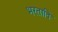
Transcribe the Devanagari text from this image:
भरतादि